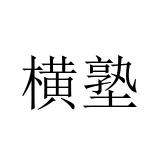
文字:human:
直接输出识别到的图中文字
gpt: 横塾